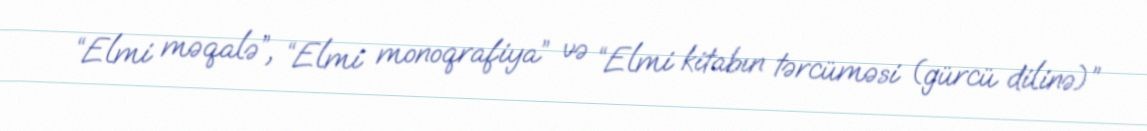
“Elmi məqalə”, “Elmi monoqrafiya” və “Elmi kitabın tərcüməsi (gürcü dilinə)”